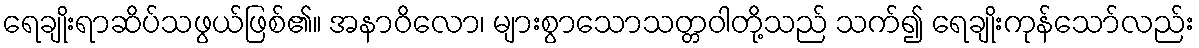
ရေချိုးရာဆိပ်သဖွယ်ဖြစ်၏။ အနာဝိလော၊ များစွာသောသတ္တဝါတို့သည် သက်၍ ရေချိုးကုန်သော်လည်း